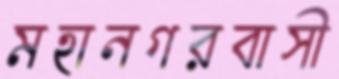
মহানগরবাসী